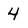
Character: 4